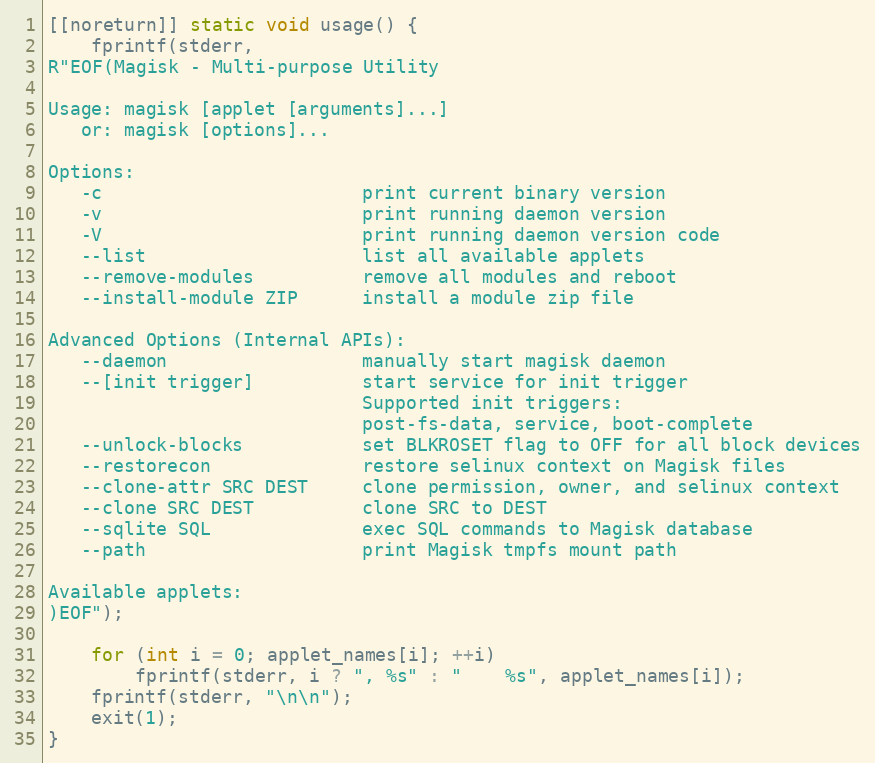
Language: C++
[[noreturn]] static void usage() {
    fprintf(stderr,
R"EOF(Magisk - Multi-purpose Utility

Usage: magisk [applet [arguments]...]
   or: magisk [options]...

Options:
   -c                        print current binary version
   -v                        print running daemon version
   -V                        print running daemon version code
   --list                    list all available applets
   --remove-modules          remove all modules and reboot
   --install-module ZIP      install a module zip file

Advanced Options (Internal APIs):
   --daemon                  manually start magisk daemon
   --[init trigger]          start service for init trigger
                             Supported init triggers:
                             post-fs-data, service, boot-complete
   --unlock-blocks           set BLKROSET flag to OFF for all block devices
   --restorecon              restore selinux context on Magisk files
   --clone-attr SRC DEST     clone permission, owner, and selinux context
   --clone SRC DEST          clone SRC to DEST
   --sqlite SQL              exec SQL commands to Magisk database
   --path                    print Magisk tmpfs mount path

Available applets:
)EOF");

    for (int i = 0; applet_names[i]; ++i)
        fprintf(stderr, i ? ", %s" : "    %s", applet_names[i]);
    fprintf(stderr, "\n\n");
    exit(1);
}